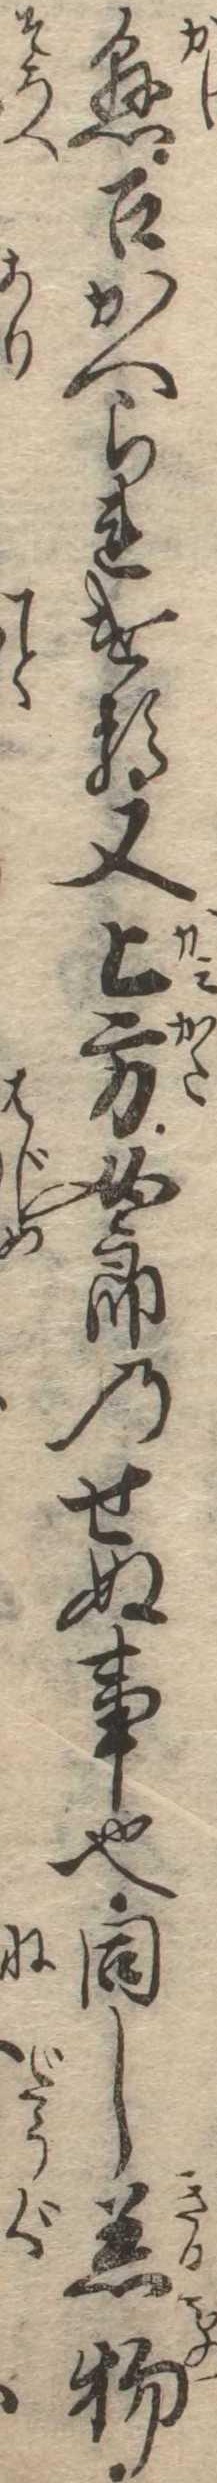
懸召かへられける又上方女郎のせぬ事也同し着物